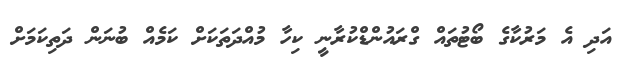
އަދި އެ މަރުކާގެ ބޯޓުތައް ގްރައުންޑްކުރާނީ ކިހާ މުއްދަތަކަށް ކަމެއް ބުނަން ދަތިކަމަށް